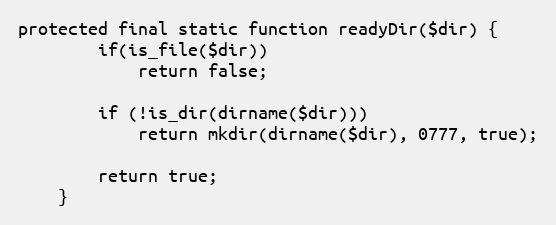
Language: PHP
protected final static function readyDir($dir) {
		if(is_file($dir))
			return false;

		if (!is_dir(dirname($dir)))
			return mkdir(dirname($dir), 0777, true);

		return true;
	}